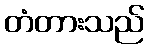
တံတားသည်